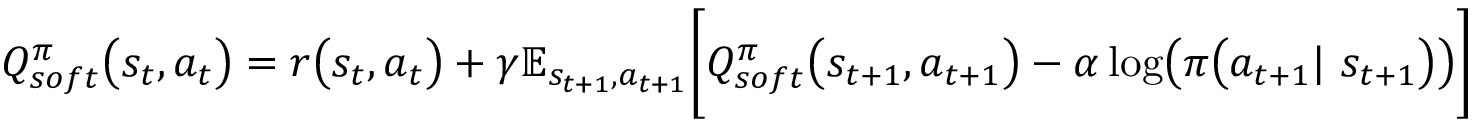
\begin{array} { r } { Q _ { s o f t } ^ { \pi } \big ( s _ { t } , a _ { t } \big ) = r \big ( s _ { t } , a _ { t } \big ) + \gamma \mathbb { E } _ { s _ { t + 1 } , a _ { t + 1 } } \biggl [ Q _ { s o f t } ^ { \pi } \big ( s _ { t + 1 } , a _ { t + 1 } \big ) - \alpha \log \bigl ( \pi \big ( a _ { t + 1 } | \ s _ { t + 1 } \bigr ) \bigr ) \biggr ] } \end{array}